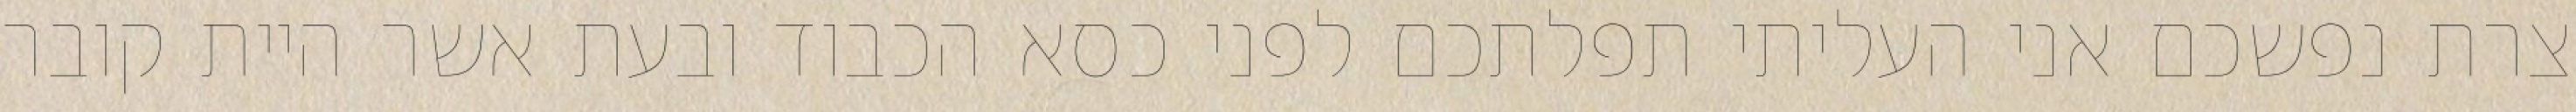
צרת נפשכם אני העליתי תפלתכם לפני כסא הכבוד ובעת אשר היית קובר